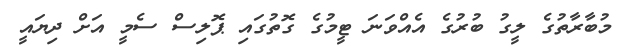
މުބާރާތުގެ ލީގު ބުރުގެ އެއްވަނަ ޓީމުގެ ގޮތުގައި ޕޮލިސް ސެމީ އަށް ދިޔައީ